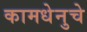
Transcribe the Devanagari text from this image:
कामधेनुचे